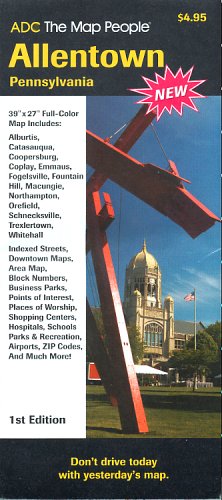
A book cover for ADC The Map People Allentown, Pennsylvania: Street Map; Adc The Map People; Travel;